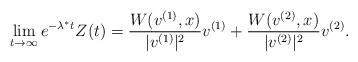
LaTeX: \begin{align*}\lim_{t\to\infty}e^{-\lambda^*t}Z(t)=\frac{W(v^{(1)},x)}{|v^{(1)}|^2}v^{(1)}+\frac{W(v^{(2)},x)}{|v^{(2)}|^2}v^{(2)}.\end{align*}